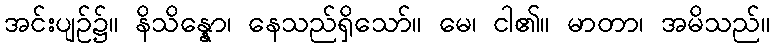
အင်းပျဉ်၌။ နိသိန္နော၊ နေသည်ရှိသော်။ မေ၊ ငါ၏။ မာတာ၊ အမိသည်။